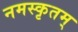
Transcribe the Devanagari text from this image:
नमस्कृतम्